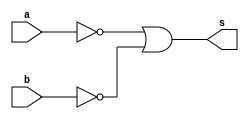
// ---------------------------------
// ------- Exercicio 04 - NAND -----
// Ana Carolina Conceio de Jesus
// ---------------------------------

// ---------------------------------
// --------- Nand gate -------------
// ---------------------------------

module nandgateDeMorgan (output s, input a, input b);
 assign s = ((~a) | (~b));
 endmodule 
 
// ------------------------
// -- test nandDeMorgan gate
// -------------------------

module testnandDeMorgan;
//------------ dados locais
reg a,b;  
wire s;  

//----------- instancia
nandgateDeMorgan NAND1 (s, a, b);
//--------- preparacao
initial begin:start
a = 0; b = 0;
end

//--------- parte principal
initial begin
	$display ("Exercicio04 - Ana Carolina - 449517 ");
	$display ("Test NandDeMorgan gate");
	$display ("\n ~(a|b) = s \n");
	
	$monitor(" ~(%b | %b) = %b", a, b, s);

#1 a = 0; b = 0;
#1 a = 0; b = 1;
#1 a = 1; b = 0;
#1 a = 1; b = 1;

end
endmodule